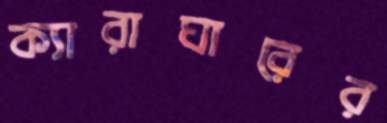
ক্যারাঘারের